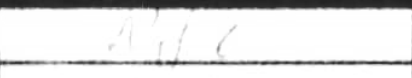
Transcription: Nd6